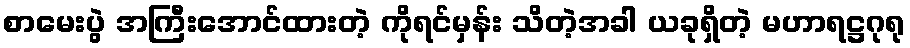
စာမေးပွဲ အကြီးအောင်ထားတဲ့ ကိုရင်မှန်း သိတဲ့အခါ ယခုရှိတဲ့ မဟာရဋ္ဌဂုရု